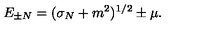
E _ { \pm N } = ( \sigma _ { N } + m ^ { 2 } ) ^ { 1 / 2 } \pm \mu .